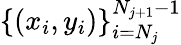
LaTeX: \{ (x_{i},y_{i})\} _{i=N_{j}}^{N_{j+1}-1}